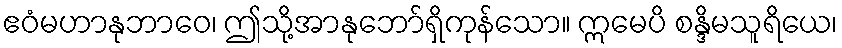
ဧဝံမဟာနုဘာဝေ၊ ဤသို့အာနုဘော်ရှိကုန်သော။ ဣမေပိ စန္ဒိမသူရိယေ၊